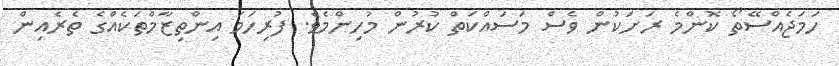
ހަމަޖެއްސޭތޯ ކޮންމެ ރަށަކުން ވެސް މަސައްކަތް ކުރުން މުހިންމެވެ. ފުރިހަމަ އިންތިޒާމްތަކެއްގެ ތެރެއިން